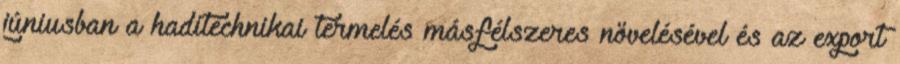
júniusban a haditechnikai termelés másfélszeres növelésével és az export